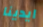
ايدينا